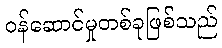
ဝန်ဆောင်မှုတစ်ခုဖြစ်သည်